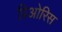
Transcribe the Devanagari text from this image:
प्रिओरिस